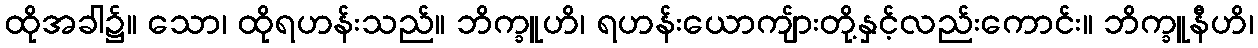
ထိုအခါ၌။ သော၊ ထိုရဟန်းသည်။ ဘိက္ခူဟိ၊ ရဟန်းယောကျ်ားတို့နှင့်လည်းကောင်း။ ဘိက္ခူနီဟိ၊